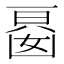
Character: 𭂾